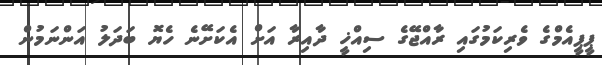
ޕީޕީއެމްގެ ވެރިކަމުގައި ރާއްޖޭގެ ސިއްޚީ ދާއިރާ އަށް އެކަށޭނެ ހެޔޮ ބަދަލު އަންނަމުން